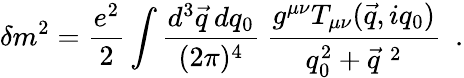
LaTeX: \delta m^{2}={\frac{e^{2}}{2}}\int{\frac{d^{3}\vec{q}\: dq_{0}}{(2\pi)^{4}}}\: {\frac{g^{\mu\nu}T_{\mu\nu}(\vec{q},iq_{0})}{q_{0}^{2}+{\vec{q}}^{\; 2}}}\ \ .